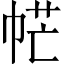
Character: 𢂾